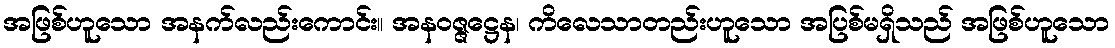
အဖြစ်ဟူသော အနက်လည်းကောင်း။ အနဝဇ္ဇဋ္ဌေန၊ ကိလေသာတည်းဟူသော အပြစ်မရှိသည် အဖြစ်ဟူသော